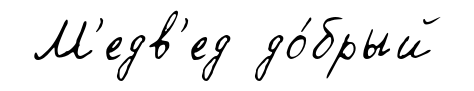
М'едв'ед до́брый